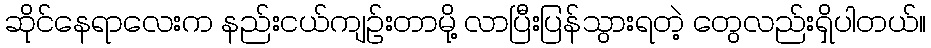
ဆိုင်နေရာလေးက နည်းငယ်ကျဉ်းတာမို့ လာပြီးပြန်သွားရတဲ့ တွေလည်းရှိပါတယ်။